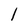
Character: l